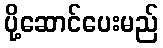
ပို့ဆောင်ပေးမည်